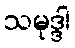
သမုဒ္ဒါ